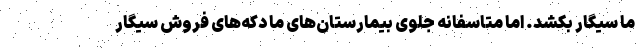
ما سیگار بکشد. اما متاسفانه جلوی بیمارستان‌های ما دکه‌های فروش سیگار